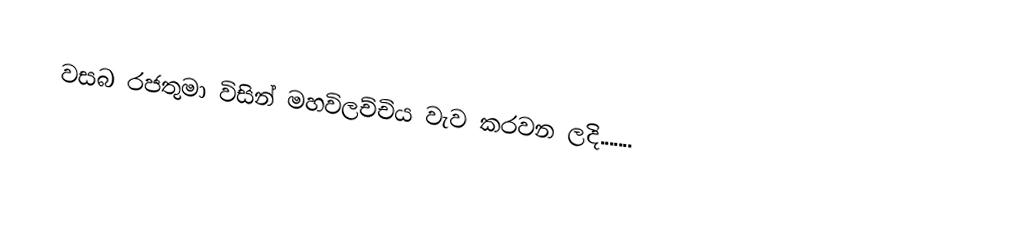
වසබ රජතුමා විසින් මහවිලච්චිය වැව කරවන ලදි.......